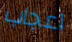
اعجاب